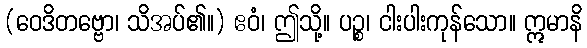
(ဝေဒိတဗ္ဗော၊ သိအပ်၏။) ဧဝံ၊ ဤသို့။ ပဉ္စ၊ ငါးပါးကုန်သော။ ဣမာနိ